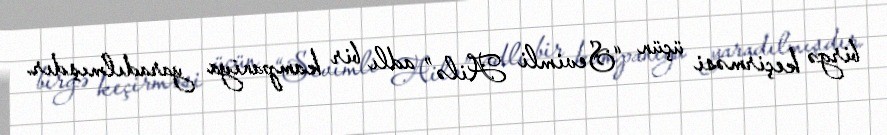
birgə keçirməsi üçün “Sevimli Ailə” adlı bir kampaniya yaradılmışdır.